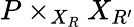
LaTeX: P\times_{X_{R}}X_{R^{\prime}}